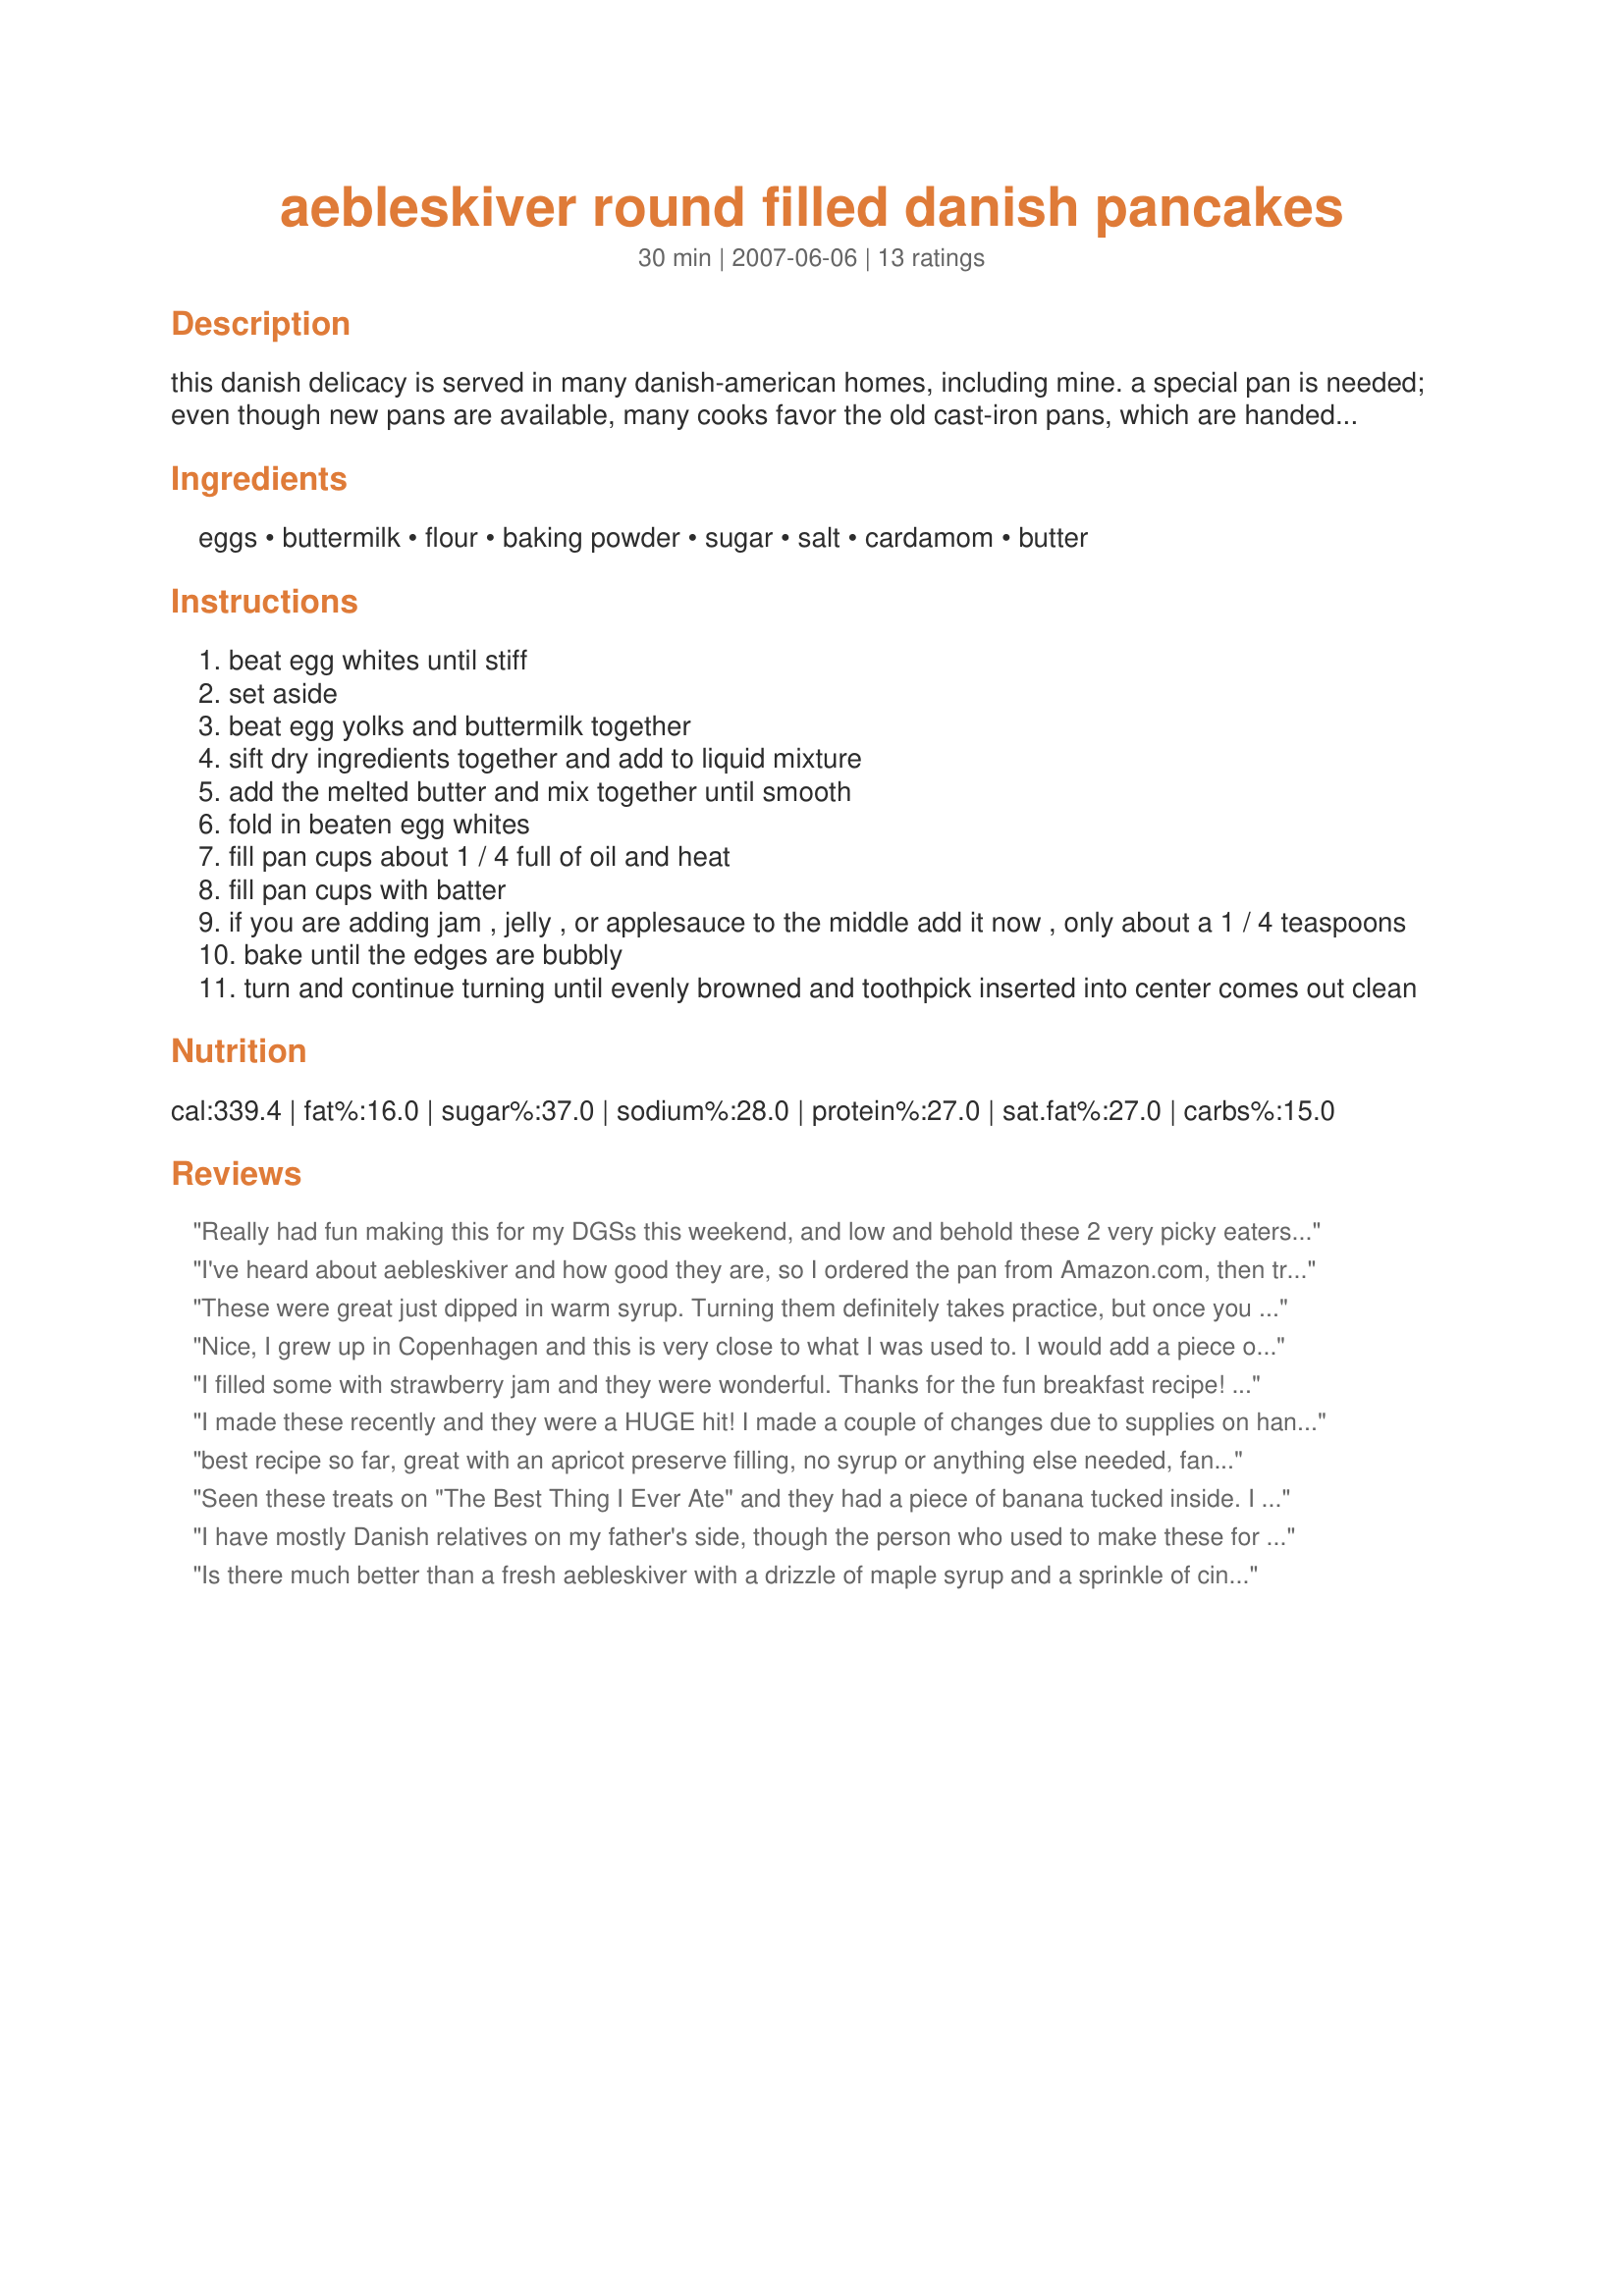
aebleskiver round filled danish pancakes
Preparation time: 30 minutes

this danish delicacy is served in many danish-american homes, including mine. a special pan is needed; even though new pans are available, many cooks favor the old cast-iron pans, which are handed down from generation to generation. you can get them at many scandanavian specialty stores, and can also order them online. in denmark, aebleskiver is served as a dessert with sugar or marmelade. on the island of aero, a small sliver of prune is put in the middle as they are cooked. there are many different recipes, and this one is my family's favorite. we put a little jam, preferably lingonberry preserves, in the middle of our aebleskivers as they are cooking, before turning them, and we eat them with sweetened cinamon-sugar applesauce. you will need a little practice in turning these doughnut-like treats. a fork works, but some practiced "turners" use a knitting needle, preferably wooden, or a similar device such as an ice pick. even a toothpick will do.

Ingredients:
eggs, buttermilk, flour, baking powder, sugar, salt, cardamom, butter

Steps:
beat egg whites until stiff
set aside
beat egg yolks and buttermilk together
sift dry ingredients together and add to liquid mixture
add the melted butter and mix together until smooth
fold in beaten egg whites
fill pan cups about 1 / 4 full of oil and heat
fill pan cups with batter
if you are adding jam , jelly , or applesauce to the middle add it now , only about a 1 / 4 teaspoons
bake until the edges are bubbly
turn and continue turning until evenly browned and toothpick inserted into center comes out clean

Reviews:
Really had fun making this for my DGSs this weekend, and low and behold these 2 very picky eaters finished them off. We put some butter scotch chips in the center when they first started to bubble and before we turned them as that's a very favorite flavor for these two. Sprinkled with powder sugar and a little whipped cream. They begged for ice cream too but afraid that would be a little over the top. Enjoyed this very much and will make again. Thanks AB Edited to add - I used 2 toothpicks to turn and had no trouble, found it to be pretty easy with a well seasoned pan.
I've heard about aebleskiver and how good they are, so I ordered the pan from Amazon.com, then tried this recipe. They're delicious! It was my first time making them, so the first few came out a little flat, but the rest came out perfect. I tried turning them with a chopstick, but that was too messy. Then I tried an ice pick and that worked beautifully. I used nutmeg in the batter, which tastes great. Next time I may try the cardamom for different flavor. Thanks for the recipe. My family loved them, and I know I'll be making them often!
These were great just dipped in warm syrup. Turning them definitely takes practice, but once you get it right they are fun. I found that using a small ice cream scoop is a good way to get the right amount of batter into the pan. I can't wait to make them again and try filling them.
Nice, I grew up in Copenhagen and this is very close to what I was used to. I would add a piece of apple in the center, and maybe a little bit of vanilla
I filled some with strawberry jam and they were wonderful. Thanks for the fun breakfast recipe!

I did however find that the recipe made more like 36 to 42. Maybe my pan is smaller. But it served 5 with many leftover.
I made these recently and they were a HUGE hit! I made a couple of changes due to supplies on hand and personal preference, as noted: I didn't have any buttermilk, so I substituted soured milk (2 tabl. vinegar in a 2 cup measure, filled measuring cup with half & half) and for the spices, I combined 1/4 tsp. cinnamon and 1/8 tsp. nutmeg. Also, after they were cooked, I let them cool for about a minute, then rolled them in powdered sugar. The soured milk subbed well, the spice combo was just perfect, and the powdered sugar was a very nice final touch. They're very much like a cross between a donut hole and a pancake. And I've gotta tell you...I honestly lost track of how many of these little critters I downed...(blush). They were very, very good! Next time I make them, though, I think I'll cut the batch down by 1/3 to 2/3, only because it's just DH and I...and I REALLY don't need as many as I had this time. LOL Also, I found that while they were incredible while warm...they weren't as tasty when cold. Making a smaller batch will help with that. Btw, I used a long wooden shish-kebab skewer to turn them and it worked perfectly. Thanks for posting such a great recipe, AB. I'll definitely be making these again!
best recipe so far, great with an apricot preserve filling, no syrup or anything else needed, fantastic
Seen these treats on "The Best Thing I Ever Ate" and they had a piece of banana tucked inside. I cannot wait to try these!!
I have mostly Danish relatives on my father's side, though the person who used to make these for us was a female friend of my grandfather and his brothers (only one sister, they were all from Denmark, of course). My family and I used to go visit her and her husband in upstate New York and this was by far the tastiest, and most memorable recipe she served us. She had a technique, which I could not replicate, of making a 3/4 turn and making these very round with a chunk of Granny Smith apple (about 1/4 inch or less) in the center. I wasn't successful at following her technique, but I managed to make ovoid shapes pretty well. Try to balance your aebleskiver pan so it's evenly heated. I had trouble with that and flubbed some of my pancakes, even on the last batch. My great aunt (not technically related) would serve with raw apple chunks in center (they cooked well) and powdered sugar, which of course is how I served it for Christmas morning 2008. My BF had it with maple syrup. Thanks, leftovers were yummy too. (P.S. My recommendation is to use a spoon, at first, at turning, but definitely use a spoon at removing in the end 'cause it's easiest and the shape just isn't ruinable at the end.) Oh, no, another P.S. for this I used a cast iron aebleskiver pan on a gas stove:D Sorry to be so wordy, it just happens like this on some great recipes. P.P.S. again, I recommend filling to top as that makes rounder aebleskivers.
Is there much better than a fresh aebleskiver with a drizzle of maple syrup and a sprinkle of cinnamon sugar? No, and if you disagree, you've never had one. I used this recipe for my first batch of aebleskivers, and I'm hooked! I made half of the recipe, used half of that for breakfast (for my boyfried and I), refrigerated the rest, then had that this morning. Wonderful both times! Tucking a berry inside was great, and when I get better at turning them I'd like to try doing some jelly, too. I did make a few changes: I added a bit more flour for a thicker batter and omitted the butter from the recipe. Fantastic nonetheless! I will try using wheat flour next time :o)
Our Danish friends introduced us to many of their favorite foods when we have visited them (near Copenhagen), but had never served aebleskiver. Discovered the aebleskiver recipes online, and e-mailed our friends, asking for their family recipes (along with one for "gløgg.") <br/>Their recipes for aebleskiver were very much like this one. When we bought the cast iron aebleskiver pan a few weeks ago (on Amazon.com), we were ready to go! <br/>We have learned more and more as we practice making them. When they speak of "turning" the aebleskiver, I have learned that they were NOT talking about "rotating" them, but of "revolving" them so that the raw batter would flow out, helping create the ball shape of the finished product. We used two wooden grill skewers to turn them.<br/>We have found that we like them better without the insertion of applesauce, fruit, jam, etc during the cooking. We like to sprinkle with powdered cinnamon sugar and then eat with our favorite jam or fruit. <br/>Glædelig jul!
This recipe is fantastic! Nice light, fluffy texture. I misplaced my family&#039;s recipe that was very similar to this and everyone else with a copy was at work.... My Danish-American grandpa used to make aebelskiver when stationed on a submarine during WWII. The men on his boat called them Danish Bullets. He grew up adding small pieces of apple to the middle, but when he married my Swedish grandmother, my family began adding lingonberry preserves to the middle and dusting with powdered sugar. To turn the aebelskiver, she always used the sharp picks from a nut cracking set. If you like a bit of crispiness on the outside, add butter to each well before adding the batter.
Solvang, California at a shop called Honeywood right on the main drag (Mission Street) sells the pans. They are cast iron, not yet seasoned and run $14.99. 
Will write a review when I get a chance to try your recipe. Thanks for posting. I loved the ones I tried in the little Danish Village of Solvang and can't wait to try my hand at making them.
